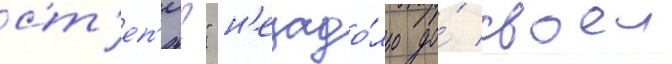
ст'еп'и?" н'езадо́лго до́ своеи